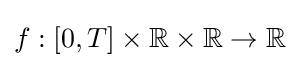
f:[0,T]\times \mathbb {R} \times \mathbb {R} \to \mathbb {R}